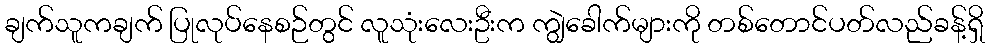
ချက်သူကချက် ပြုလုပ်နေစဉ်တွင် လူသုံးလေးဦးက ကျွဲခေါက်များကို တစ်တောင်ပတ်လည်ခန့်ရှိ